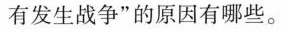
有发生战争”的原因有哪些。